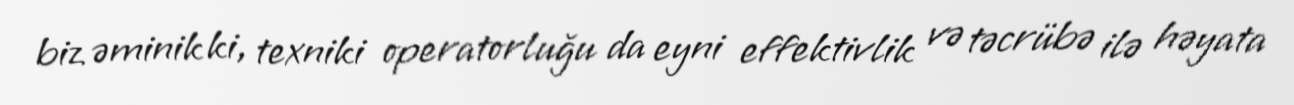
biz əminik ki, texniki operatorluğu da eyni effektivlik və təcrübə ilə həyata